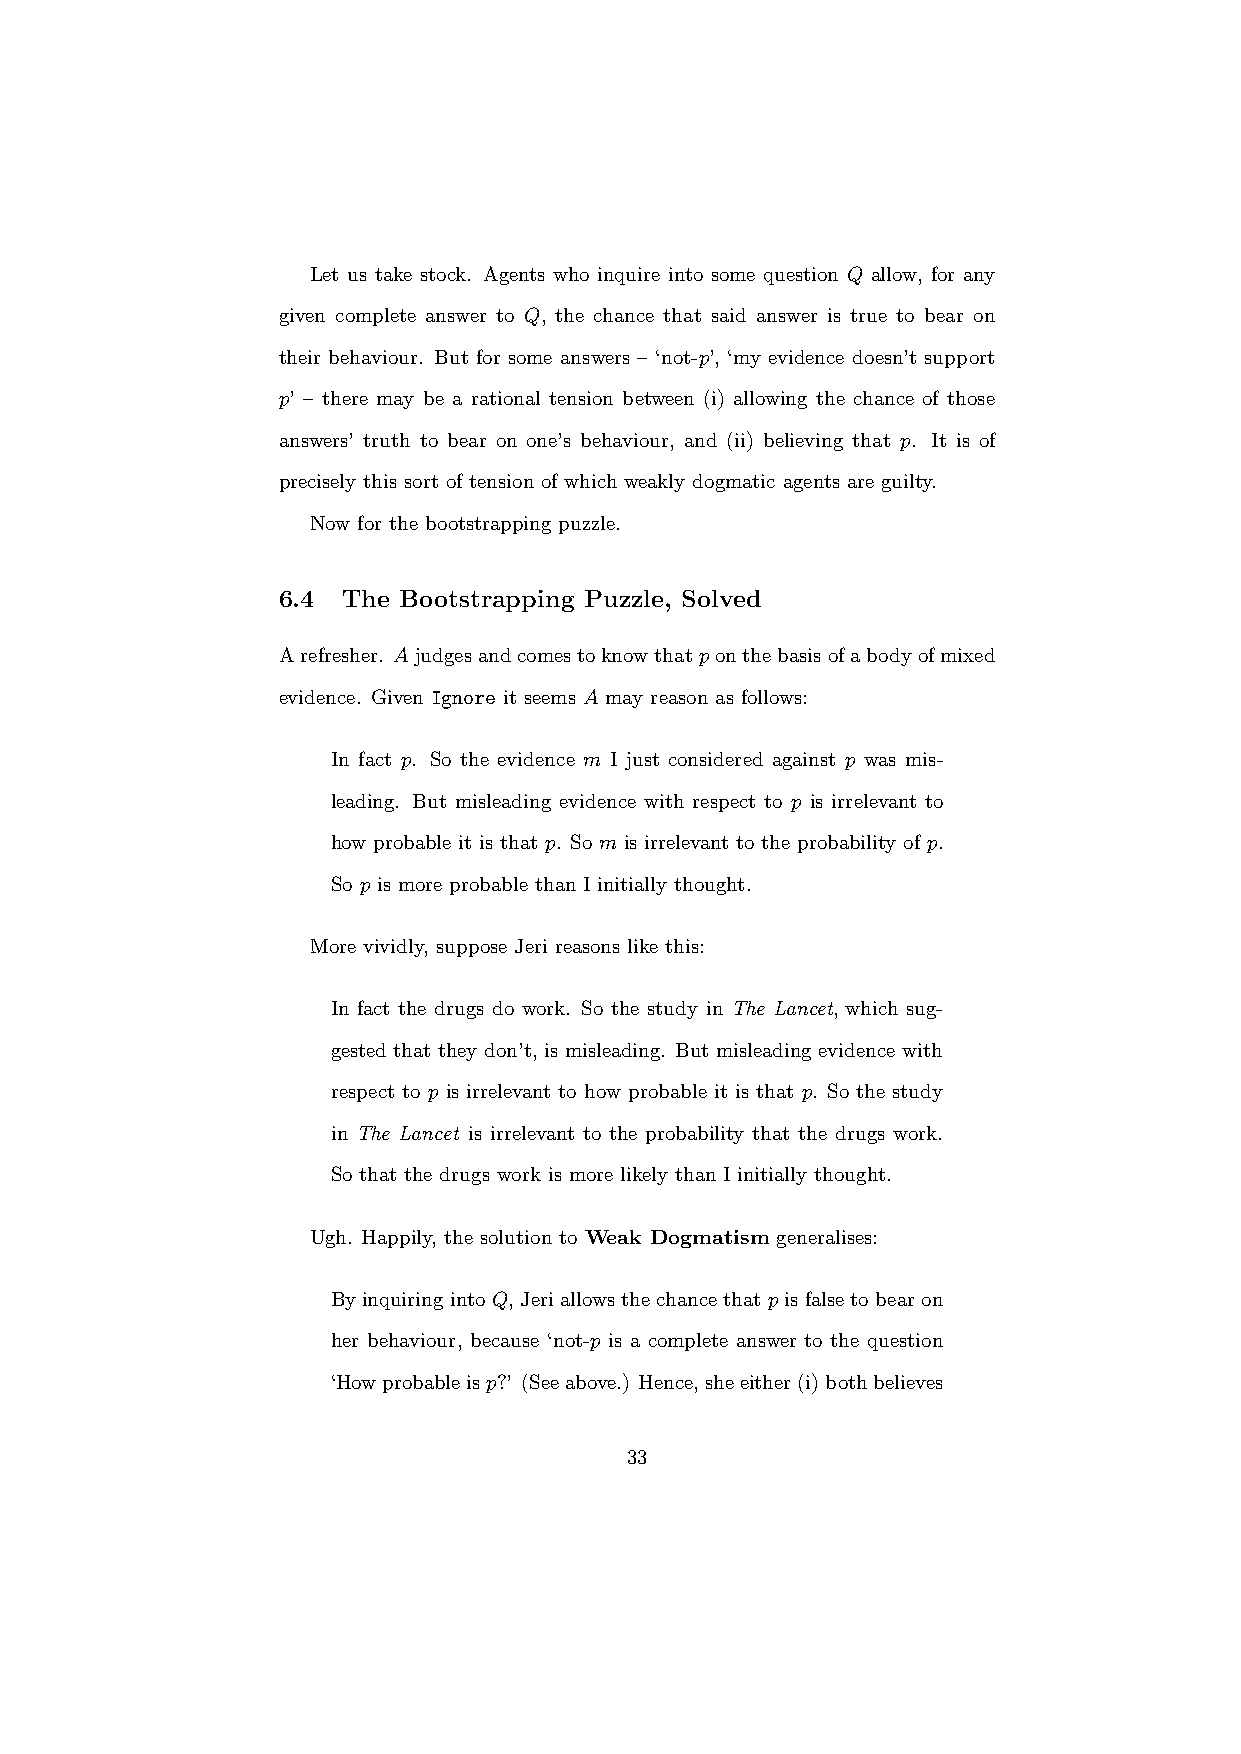
Let us take stock. Agents who inquire into some question Q allow, for any
 given complete answer to Q, the chance that said answer is true to bear on
 their behaviour. But for some answers – ‘not-p’, ‘my evidence doesn’t support
 p’ – there may be a rational tension between (i) allowing the chance of those
 answers’ truth to bear on one’s behaviour, and (ii) believing that p. It is of
 precisely this sort of tension of which weakly dogmatic agents are guilty.
 Now for the bootstrapping puzzle.
 6.4  The Bootstrapping Puzzle, Solved
 Arefresher. Ajudgesandcomestoknowthatponthebasisofabodyofmixed
 evidence. Given Ignore it seems A may reason as follows:
 In fact p. So the evidence m I just considered against p was mis-
 leading. But misleading evidence with respect to p is irrelevant to
 how probable it is that p. So m is irrelevant to the probability of p.
 So p is more probable than I initially thought.
 More vividly, suppose Jeri reasons like this:
 In fact the drugs do work. So the study in The Lancet, which sug-
 gested that they don’t, is misleading. But misleading evidence with
 respect to p is irrelevant to how probable it is that p. So the study
 in The Lancet is irrelevant to the probability that the drugs work.
 So that the drugs work is more likely than I initially thought.
 Ugh. Happily, the solution to Weak Dogmatism generalises:
 ByinquiringintoQ, Jeriallowsthechancethatpisfalsetobearon
 her behaviour, because ‘not-p is a complete answer to the question
 ‘Howprobableisp?’ (Seeabove.) Hence,sheeither(i)bothbelieves
 33